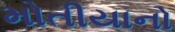
મોતીયાનો